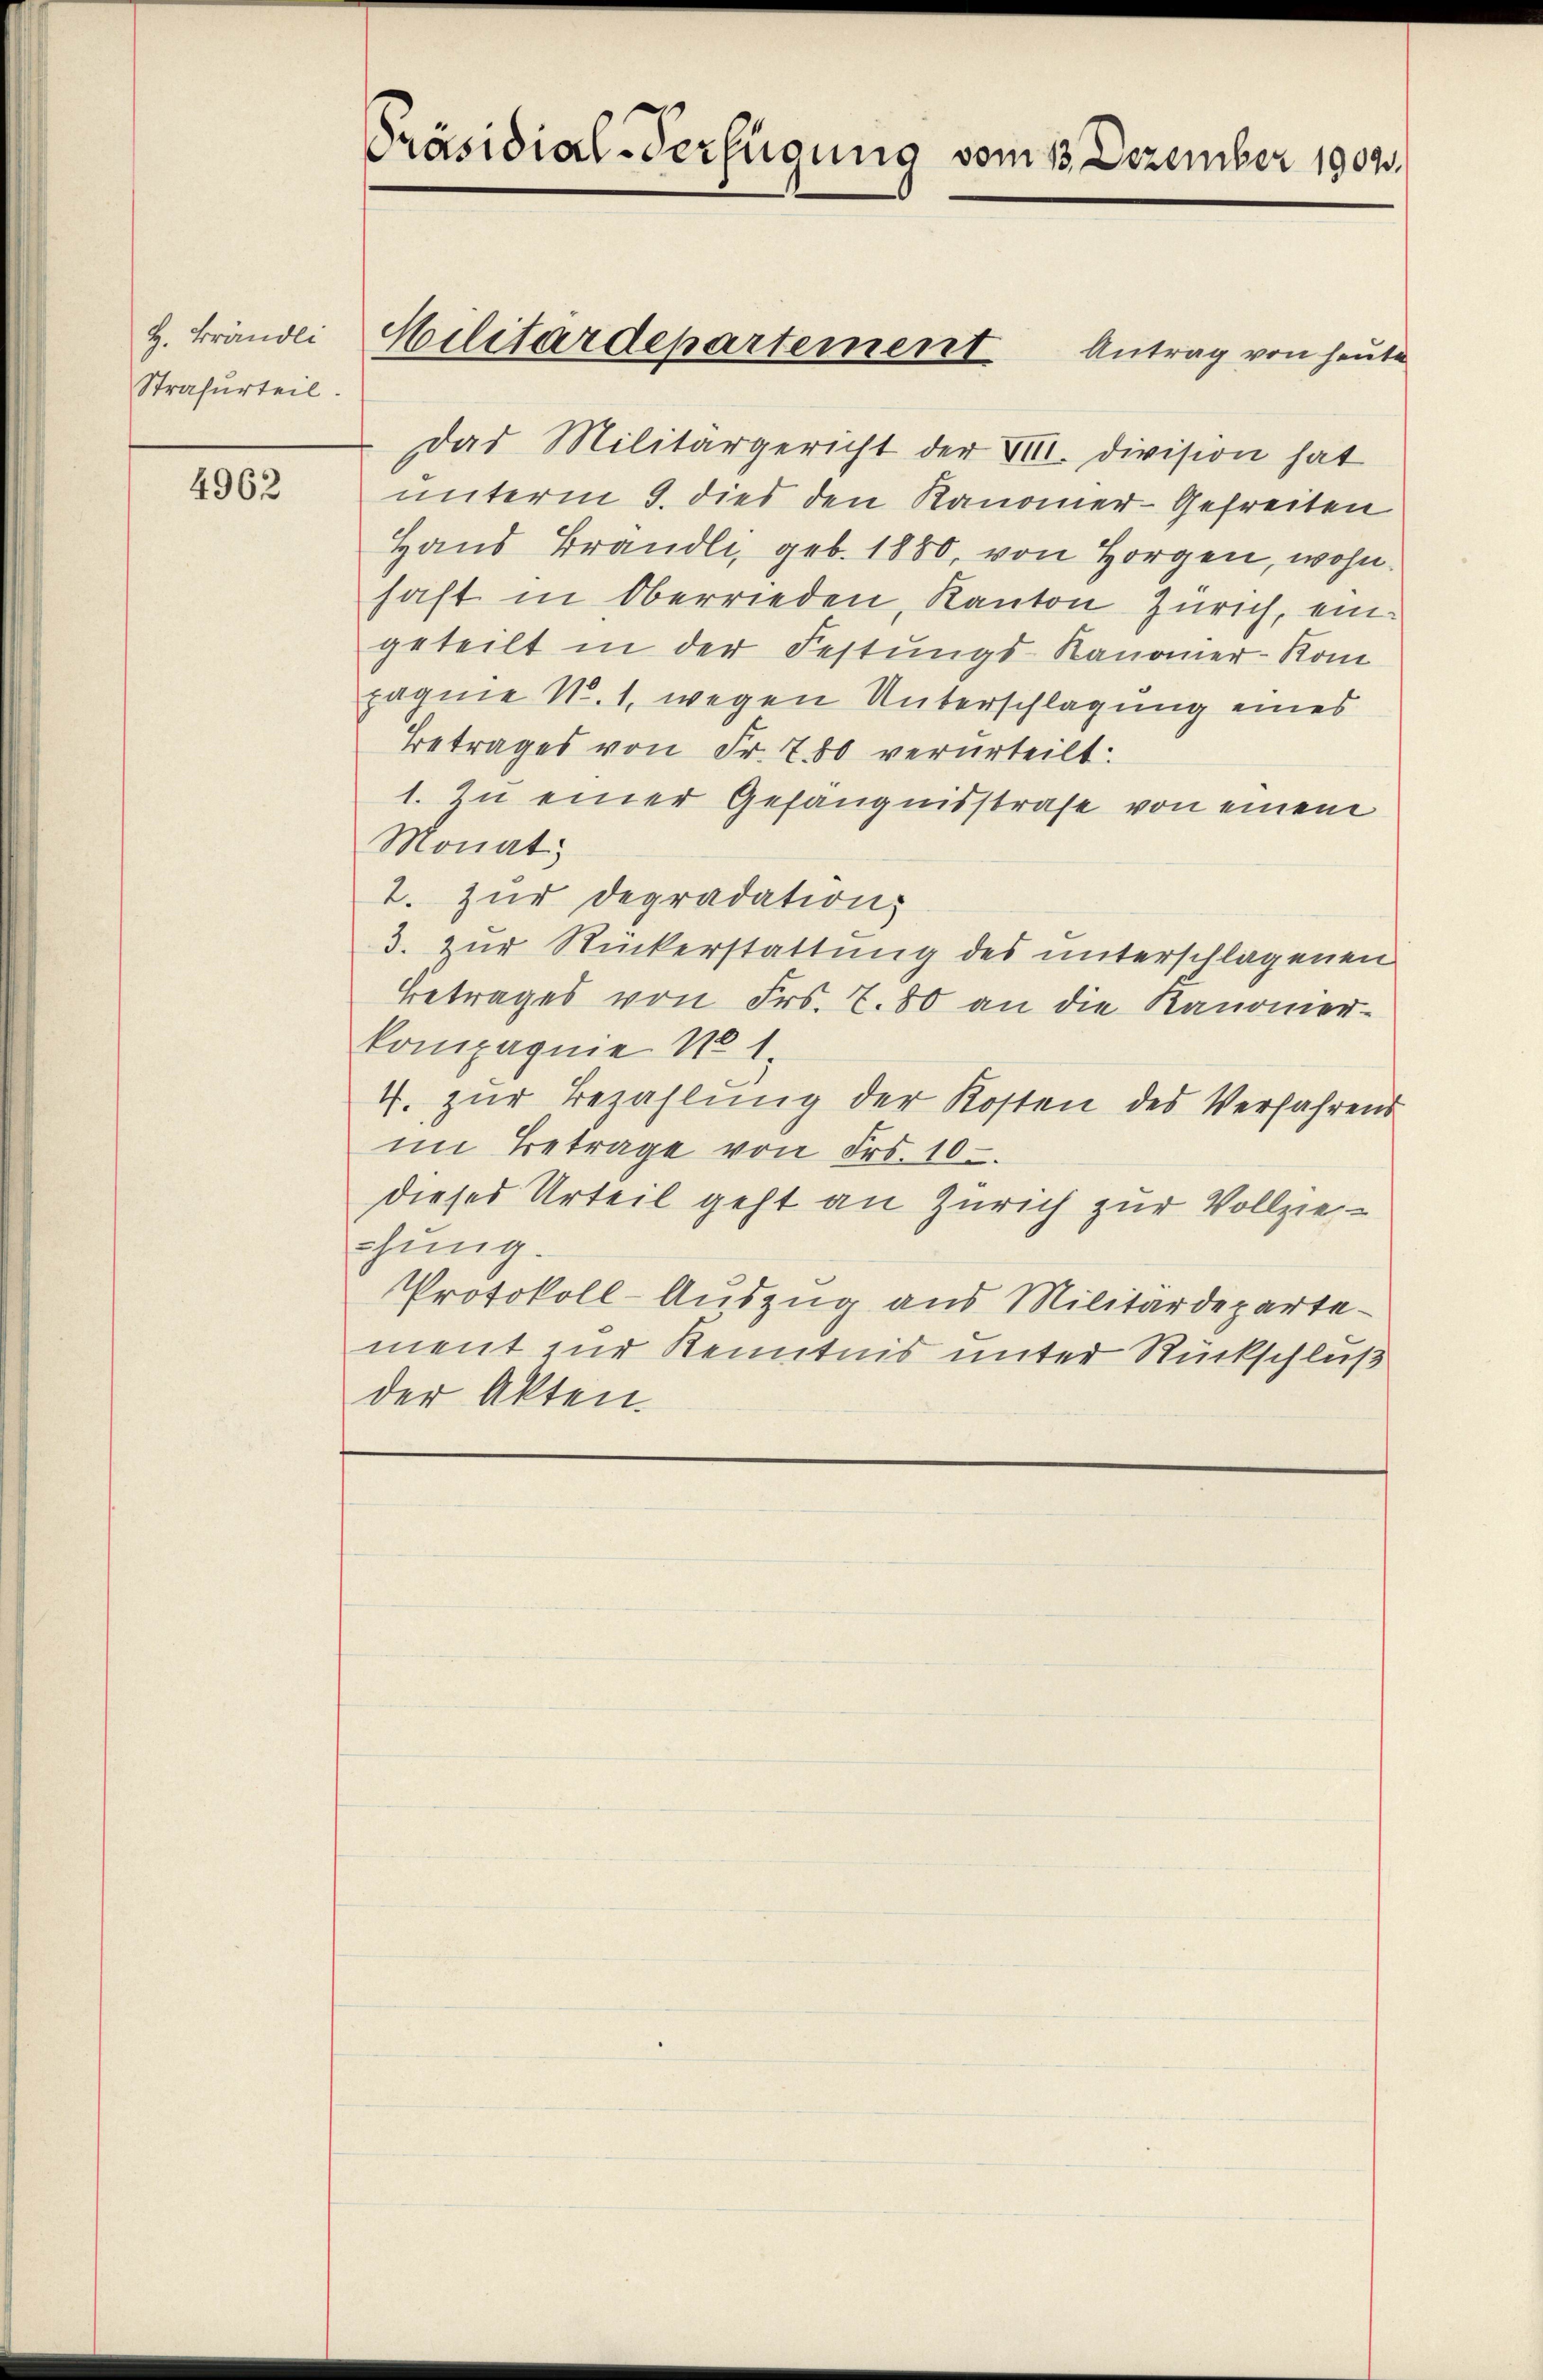
H. Brändli
Strafurteil.

4962

Präsidial-Verfügung vom 13. Dezember 1907.

Das Militärgericht der VIII. Division hat
unterm 8. dies den Kanoner-Gefreiten
Hand Brandli, geb. 1880, von Horgen, wohnhaft in Oberrieden, Kanton Zürich, eingeteilt in der Festungs-Kanoner-Kom
pagnie N. 1. wegen Unterschlagung eines
Betrages von Fr. 780 verurteilt:
1. Zu einer Gefängnisstrafe von einem
Monat
1. Zur degradation,
3. zur Rückerstattung des unterschlagenen
Betrages von Frs. Z. 80 an die Kanoner-
kompagnie No 1
4. zur Bezahlung der Kosten des Verfahrend
im Betrage von Fr. 10.
dieses Urteil geht an Zürich zur Vollziechung.
Protokoll-Auszug aus Militärdepartement zur Kenntnis unter Rückschluß
der Akten.

Militärdepartement Antrag von heute